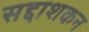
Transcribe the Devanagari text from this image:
सद्दाशकन